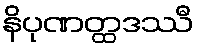
နိပုဏတ္ထဒဿီ